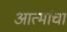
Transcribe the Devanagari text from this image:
आत्मांचा